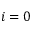
i = 0